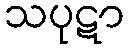
သပုဋာ